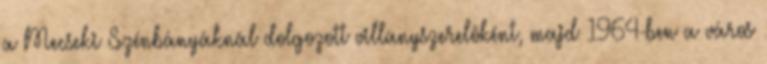
a Mecseki Szénbányáknál dolgozott villanyszerelôként, majd 1964-ben a város